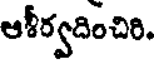
ఆశీర్వదించిరి.